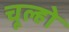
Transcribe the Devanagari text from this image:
चूल्हो